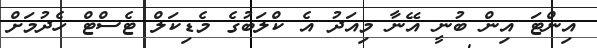
އިންޓަ އިން ބުނީ އޭނާ މިއަދު އެ ކްލަބުގެ މެޑިކަލް ޓެސްޓް ހެދުމަށް